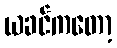
ယခင်ကတော့